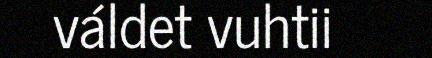
váldet vuhtii